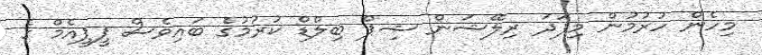
މިހެން ހުރުމުން މިފަދަ ރިލޭޝަން ޝިޕް ބިލްޑް ކުރުމުގެ ބައިވެސް ޕީޕީއެމް ގެ